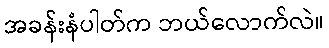
အခန်းနံပါတ်က ဘယ်လောက်လဲ။